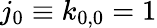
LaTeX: j_{0}\equiv k_{0,0}=1